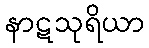
နာဋသုရိယာ